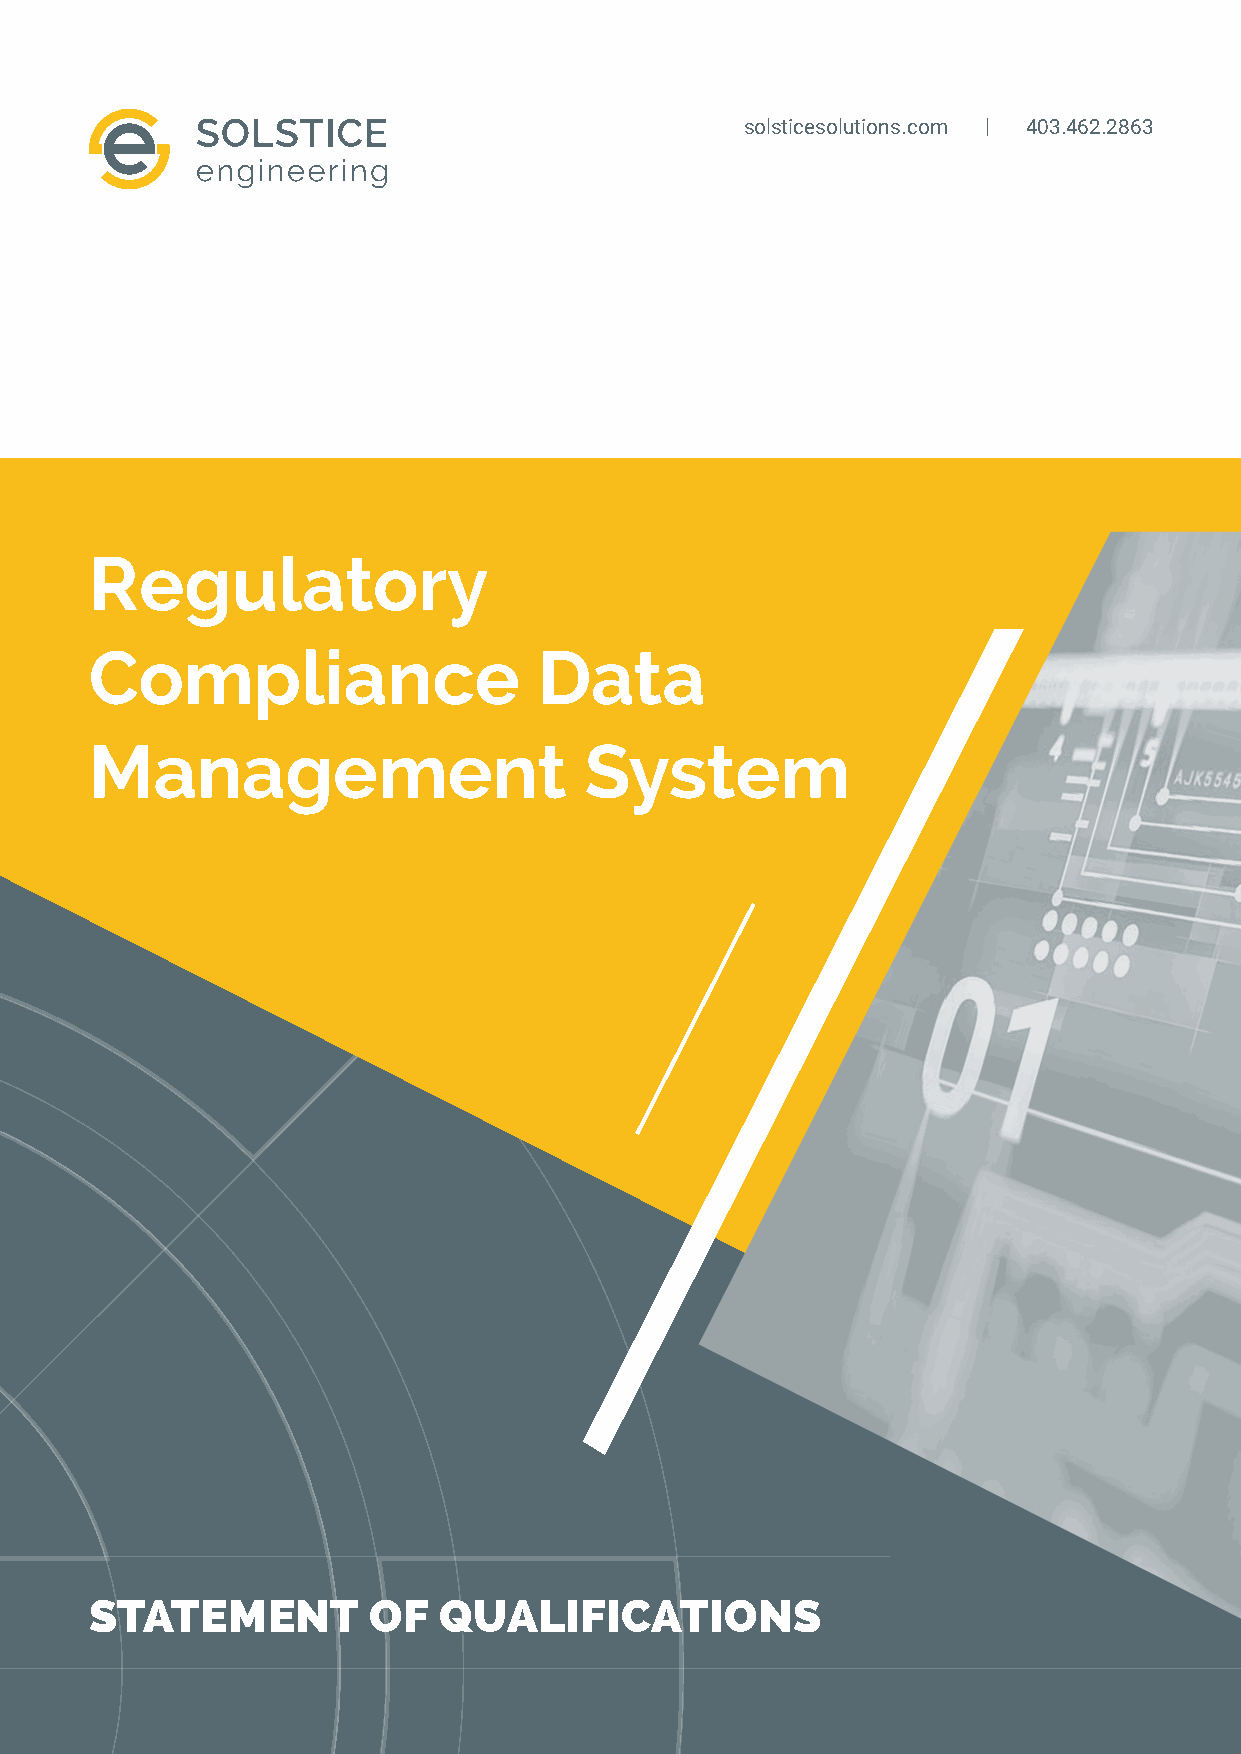
solsticesolutions.com | 403.462.2863
 Regulatory
 Compliance                    Data
 Management                       System
 STATEMENT         OF   QUALIFICATIONS